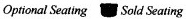
Uoptional Seating Sold Seating